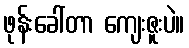
ဖုန်းခေါ်တာ ကျေးဇူးပဲ။